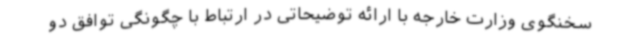
سخنگوی وزارت خارجه با ارائه توضیحاتی در ارتباط با چگونگی توافق دو